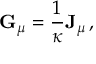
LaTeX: { \bf G } _ { \mu } = { \frac { 1 } { \kappa } } { \bf J } _ { \mu } \, ,